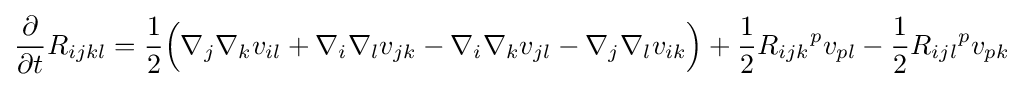
{\frac {\partial }{\partial t}}R_{ijkl}={\frac {1}{2}}{\Big (}\nabla _{j}\nabla _{k}v_{il}+\nabla _{i}\nabla _{l}v_{jk}-\nabla _{i}\nabla _{k}v_{jl}-\nabla _{j}\nabla _{l}v_{ik}{\Big )}+{\frac {1}{2}}{R_{ijk}}^{p}v_{pl}-{\frac {1}{2}}{R_{ijl}}^{p}v_{pk}